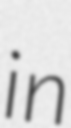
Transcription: in